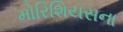
મોરિશિયસના